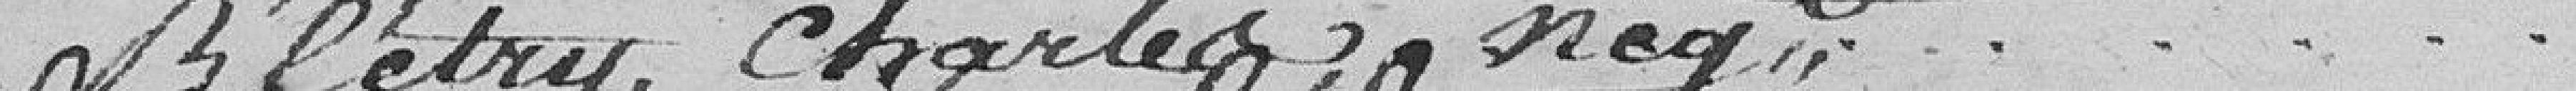
Blétry, Charles,